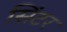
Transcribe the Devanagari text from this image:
सिंटर